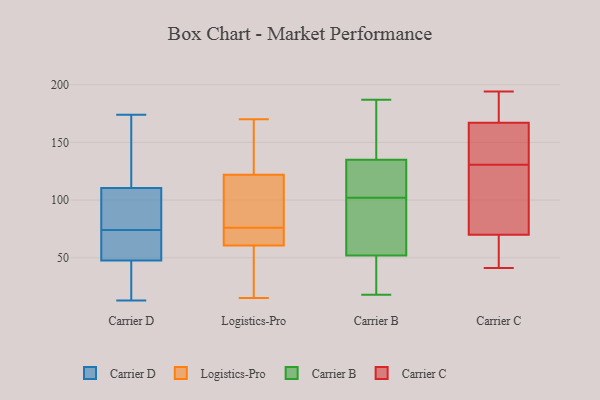
{"axis": {"x": "Shipments", "y": "Value"}, "legend": ["Carrier B", "Carrier C", "Carrier D", "Logistics-Pro"], "data": [{"x": "", "y": 13, "type": "Carrier D"}, {"x": "", "y": 63, "type": "Carrier D"}, {"x": "", "y": 43, "type": "Carrier D"}, {"x": "", "y": 174, "type": "Carrier D"}, {"x": "", "y": 85, "type": "Carrier D"}, {"x": "", "y": 17, "type": "Carrier D"}, {"x": "", "y": 89, "type": "Carrier D"}, {"x": "", "y": 53, "type": "Carrier D"}, {"x": "", "y": 87, "type": "Carrier D"}, {"x": "", "y": 133, "type": "Carrier D"}, {"x": "", "y": 52, "type": "Carrier D"}, {"x": "", "y": 132, "type": "Carrier D"}, {"x": "", "y": 146, "type": "Logistics-Pro"}, {"x": "", "y": 103, "type": "Logistics-Pro"}, {"x": "", "y": 141, "type": "Logistics-Pro"}, {"x": "", "y": 89, "type": "Logistics-Pro"}, {"x": "", "y": 83, "type": "Logistics-Pro"}, {"x": "", "y": 15, "type": "Logistics-Pro"}, {"x": "", "y": 69, "type": "Logistics-Pro"}, {"x": "", "y": 60, "type": "Logistics-Pro"}, {"x": "", "y": 69, "type": "Logistics-Pro"}, {"x": "", "y": 170, "type": "Logistics-Pro"}, {"x": "", "y": 45, "type": "Logistics-Pro"}, {"x": "", "y": 61, "type": "Logistics-Pro"}, {"x": "", "y": 53, "type": "Carrier B"}, {"x": "", "y": 51, "type": "Carrier B"}, {"x": "", "y": 187, "type": "Carrier B"}, {"x": "", "y": 139, "type": "Carrier B"}, {"x": "", "y": 18, "type": "Carrier B"}, {"x": "", "y": 129, "type": "Carrier B"}, {"x": "", "y": 75, "type": "Carrier B"}, {"x": "", "y": 135, "type": "Carrier B"}, {"x": "", "y": 52, "type": "Carrier B"}, {"x": "", "y": 132, "type": "Carrier B"}, {"x": "", "y": 179, "type": "Carrier C"}, {"x": "", "y": 125, "type": "Carrier C"}, {"x": "", "y": 41, "type": "Carrier C"}, {"x": "", "y": 167, "type": "Carrier C"}, {"x": "", "y": 167, "type": "Carrier C"}, {"x": "", "y": 129, "type": "Carrier C"}, {"x": "", "y": 75, "type": "Carrier C"}, {"x": "", "y": 194, "type": "Carrier C"}, {"x": "", "y": 156, "type": "Carrier C"}, {"x": "", "y": 142, "type": "Carrier C"}, {"x": "", "y": 50, "type": "Carrier C"}, {"x": "", "y": 65, "type": "Carrier C"}, {"x": "", "y": 60, "type": "Carrier C"}, {"x": "", "y": 187, "type": "Carrier C"}, {"x": "", "y": 124, "type": "Carrier C"}, {"x": "", "y": 132, "type": "Carrier C"}]}